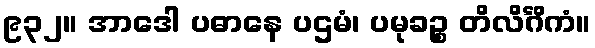
၉၃၂။ အာဒေါ ပဓာနေ ပဌမံ၊ ပမုခဉ္စ တိလိင်္ဂိကံ။